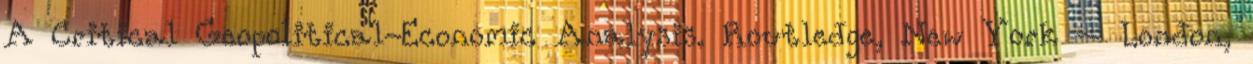
A Critical Geopolitical-Economic Analysis. Routledge, New York – London,